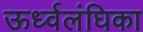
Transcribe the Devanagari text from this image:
ऊर्ध्वलंघिका